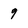
Character: 9